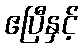
ဧပြီနှင့်